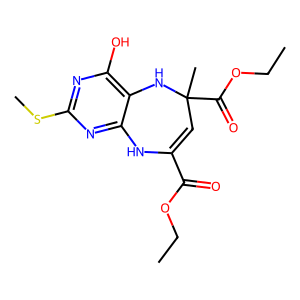
SMILES: CCOC(=O)C1=CC(C)(C(=O)OCC)Nc2c(O)nc(SC)nc2N1
Inhibits HIV replication: No